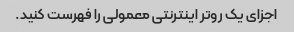
اجزای یک روتر اینترنتی معمولی را فهرست کنید.